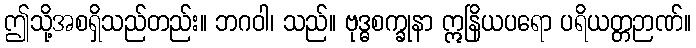
ဤသို့အစရှိသည်တည်း။ ဘဂဝါ၊ သည်။ ဗုဒ္ဓစက္ခုနာ ဣနြိယပရော ပရိယတ္တဉာဏ်။